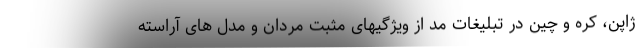
ژاپن، کره و چین در تبلیغات مد از ویژگیهای مثبت مردان و مدل های آراسته